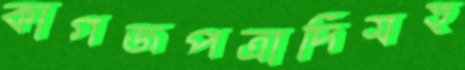
কাগজপত্রাদিসহ